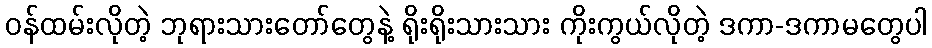
ဝန်ထမ်းလိုတဲ့ ဘုရားသားတော်တွေနဲ့ ရိုးရိုးသားသား ကိုးကွယ်လိုတဲ့ ဒကာ-ဒကာမတွေပါ